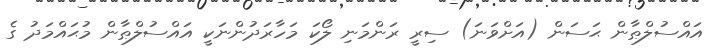
އައްސުލްޠާން ޙަސަން (އަށްވަނަ) ސިރީ ރަންމަނި ލޯކަ މަހާރަދުންނަކީ އައްސުލްޠާން މުޙައްމަދު ގެ